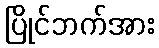
ပြိုင်ဘက်အား